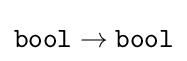
{\mathtt {bool}}\to {\mathtt {bool}}